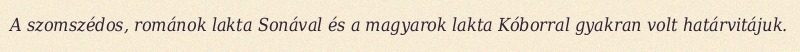
A szomszédos, románok lakta Sonával és a magyarok lakta Kóborral gyakran volt határvitájuk.